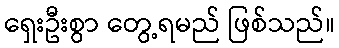
ရှေးဦးစွာ တွေ့ရမည် ဖြစ်သည်။